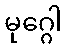
မုဂ္ဂေါ